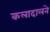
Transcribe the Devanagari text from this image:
कलादालने